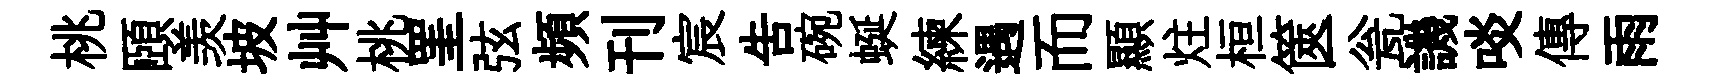
桃頤羡坡艸桃罣弦頻刊宸告碗蜒練遇而顯炷桓篋瓮譏啖傳雨